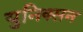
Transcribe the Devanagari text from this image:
युनिक्सन